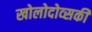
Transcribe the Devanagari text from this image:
खोलोदोव्सकी